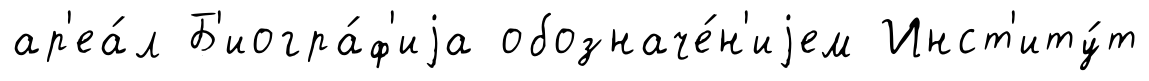
ар'еа́л Б'иогра́ф'иjа обозначе́н'иjем Инст'иту́т